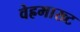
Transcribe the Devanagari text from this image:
वेह्रमाख्ट